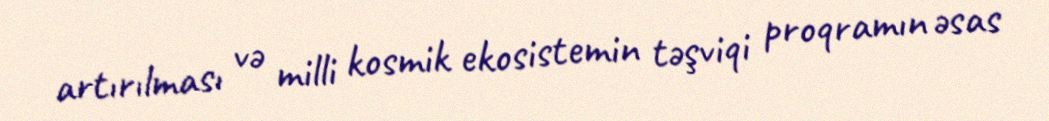
artırılması və milli kosmik ekosistemin təşviqi proqramın əsas